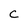
Character: c